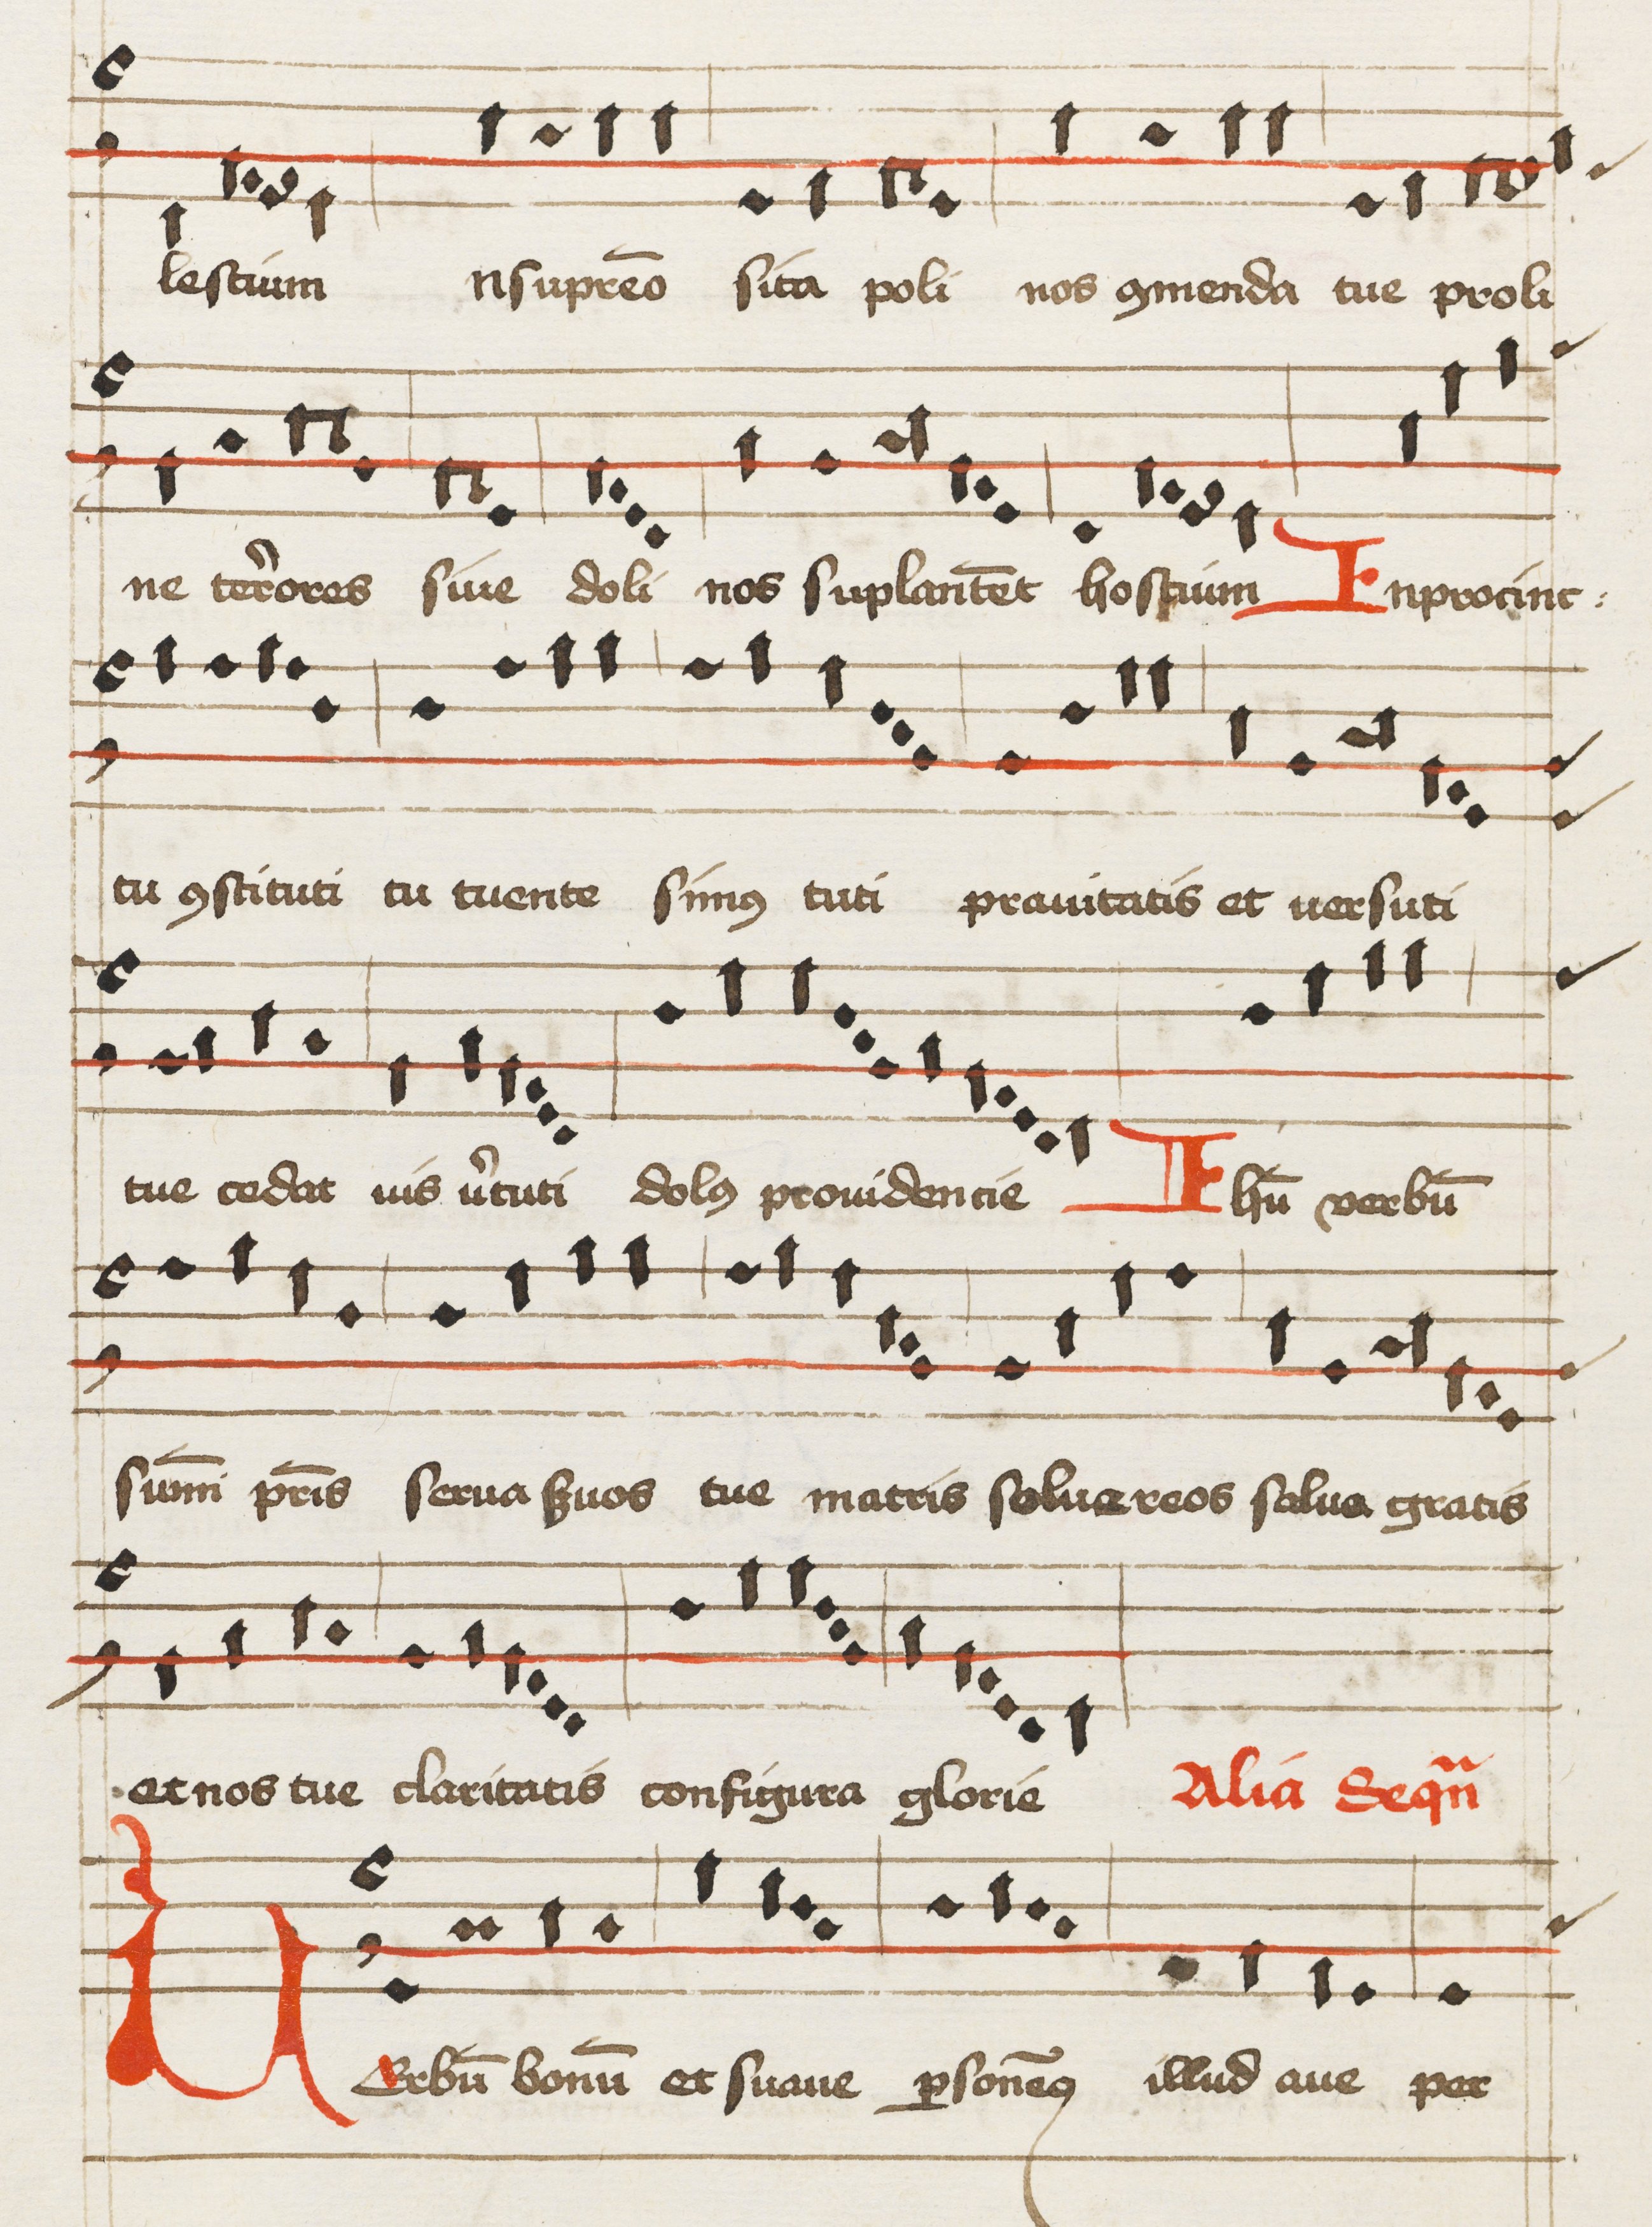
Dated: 1475–1499